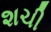
શચી